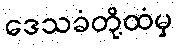
ဒေသခံတို့ထံမှ